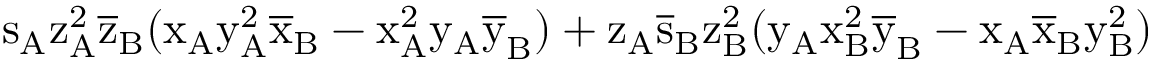
\mathrm { s _ { A } \mathrm { z _ { A } ^ { 2 } \mathrm { \overline { { z } } _ { B } ( \mathrm { x _ { A } \mathrm { y _ { A } ^ { 2 } \mathrm { \overline { { x } } _ { B } - \mathrm { x _ { A } ^ { 2 } \mathrm { y _ { A } \mathrm { \overline { { y } } _ { B } ) + \mathrm { z _ { A } \mathrm { \overline { { s } } _ { B } \mathrm { z _ { B } ^ { 2 } ( \mathrm { y _ { A } \mathrm { x _ { B } ^ { 2 } \mathrm { \overline { { y } } _ { B } - \mathrm { x _ { A } \mathrm { \overline { { x } } _ { B } \mathrm { y _ { B } ^ { 2 } ) } } } } } } } } } } } } } } } } } }